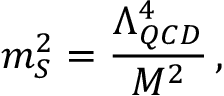
m _ { S } ^ { 2 } = \frac { \Lambda _ { Q C D } ^ { 4 } } { M ^ { 2 } } \, ,